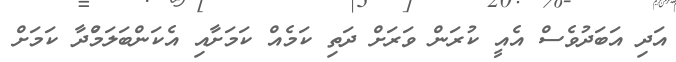
އަދި އަބަދުވެސް އެއީ ކުރަން ވަރަށް ދަތި ކަމެއް ކަމަށާއި އެކަންބަލަމުްދާ ކަމަށް